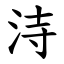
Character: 洔